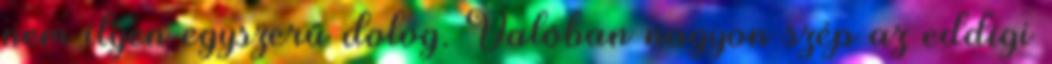
nem ilyen egyszerű dolog. Valóban nagyon szép az eddigi